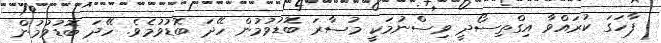
ފާހަގަ ކުރައްވާ އިގްތިސޯދީ ވިސްނުމަކީ މުސާރަ ބޮޑުވުމުން ހޭދަ ބޮޑުވުމެވެ. ހޭދަ ބޮޑުވުމުން